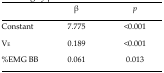
|  | β | p |
 | --- | --- | --- |
 | Constant | 7.775 | <0.001 |
 | VE | 0.189 | <0.001 |
 | %EMG BB | 0.061 | 0.013 |